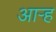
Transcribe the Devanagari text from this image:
आर्‍ह